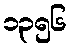
၁၃၅၆